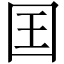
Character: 囯